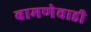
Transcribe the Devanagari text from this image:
बामणेवाडी